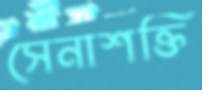
সেনাশক্তি